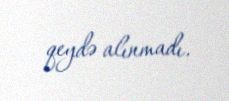
qeydə alınmadı.